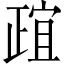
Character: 𬆄